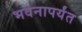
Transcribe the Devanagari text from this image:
भवनापर्यंत